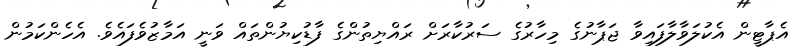
އެޕާޓީން އެކުލަވާލާފައިވާ ޖަޕާނުގެ މިހާރުގެ ސަރުކާރަށް ރައްޔިތުންގެ ފާޑުކިޔުންތައް ވަނީ އަމާޒުވެފައެވެ. އެހެންކަމުން